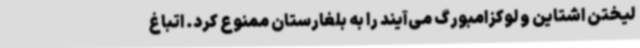
لیختن اشتاین و لوکزامبورگ می‌آیند را به بلغارستان ممنوع کرد. اتباغ